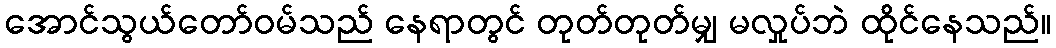
အောင်သွယ်တော်ဝမ်သည် နေရာတွင် တုတ်တုတ်မျှ မလှုပ်ဘဲ ထိုင်နေသည်။